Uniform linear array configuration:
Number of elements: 16
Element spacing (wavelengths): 0.5
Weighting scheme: hamming
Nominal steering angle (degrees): -60
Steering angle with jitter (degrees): -60.527
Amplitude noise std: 0.05
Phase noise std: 0.05

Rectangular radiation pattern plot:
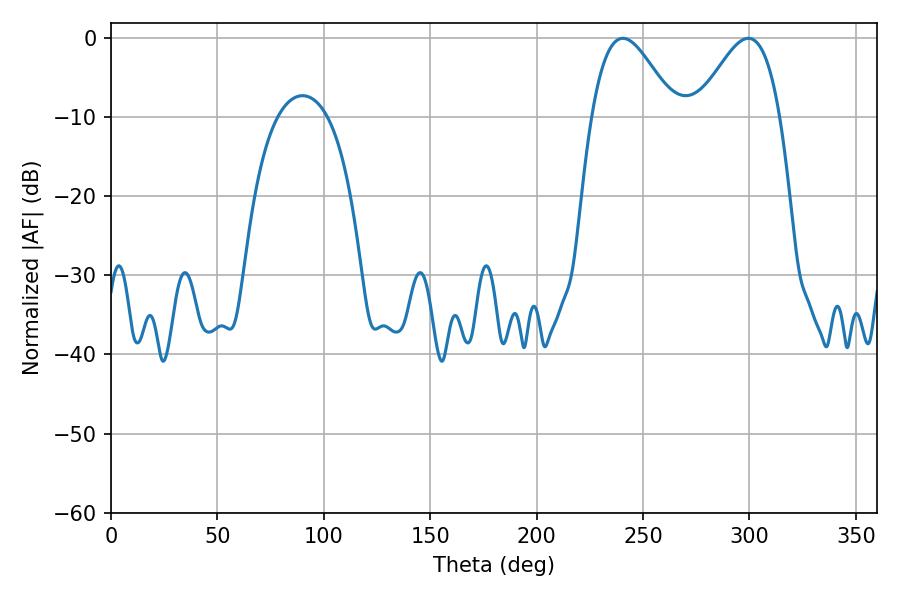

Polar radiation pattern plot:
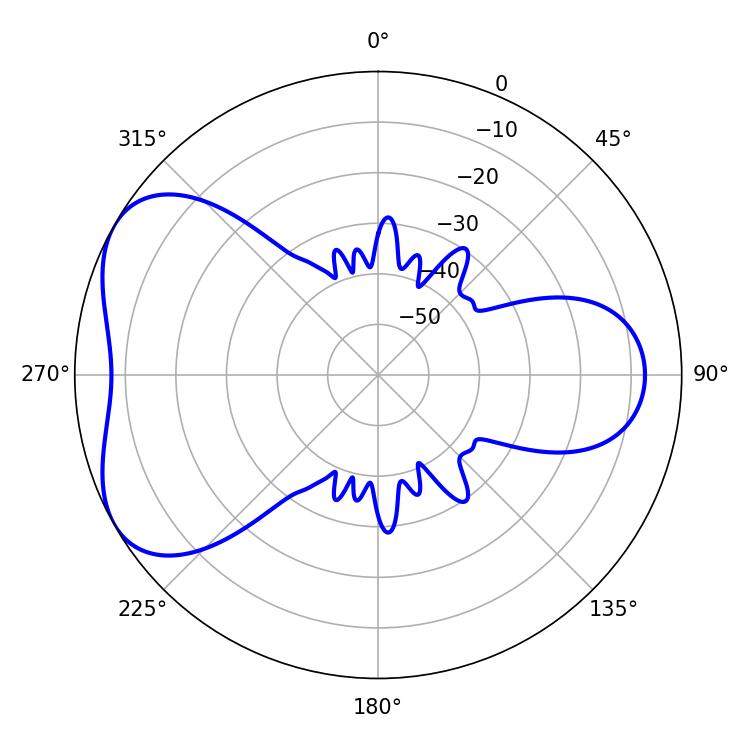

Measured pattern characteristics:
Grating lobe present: FALSE
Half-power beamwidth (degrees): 20.88
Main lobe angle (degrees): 240.48